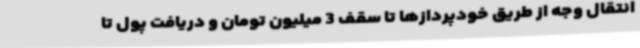
انتقال وجه از طریق خودپردازها تا سقف 3 میلیون تومان و دریافت پول تا